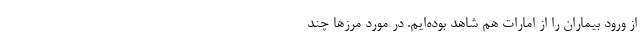
از ورود بیماران را از امارات هم شاهد بوده‌ایم‌. در مورد مرزها چند